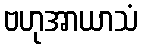
ဗဟုအာယာသံ